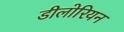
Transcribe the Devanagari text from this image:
डीलोरियन